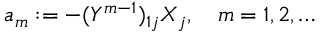
a _ { m } : = - ( Y ^ { m - 1 } ) _ { 1 j } X _ { j } , \quad m = 1 , 2 , \dots